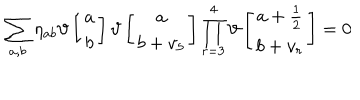
\sum _ { a , b } \eta _ { a b } \vartheta \left[ \begin{array} { c } { { a } } \\ { { b } } \\ \end{array} \right] \vartheta \left[ \begin{array} { c } { { a } } \\ { { b + v _ { 5 } } } \\ \end{array} \right] \prod _ { r = 3 } ^ { 4 } \vartheta \left[ \begin{array} { c } { { a + \frac { 1 } { 2 } } } \\ { { b + v _ { r } } } \\ \end{array} \right] = 0